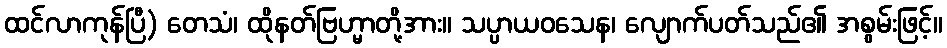
ထင်လာကုန်ပြီ) တေသံ၊ ထိုနတ်ဗြဟ္မာတို့အား။ သပ္ပာယဝသေန၊ လျောက်ပတ်သည်၏ အစွမ်းဖြင့်။